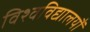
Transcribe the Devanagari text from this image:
विश्वविद्यालयौं